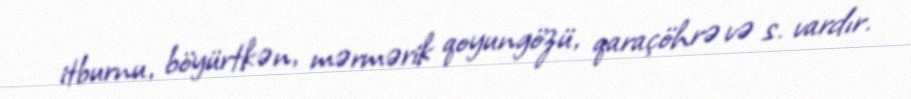
itburnu, böyürtkən, mərmərik qoyungözü, qaraçöhrə və s. vardır.